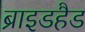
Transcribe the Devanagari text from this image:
ब्राइडहैड